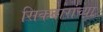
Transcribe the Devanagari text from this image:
सिकदारांच्या